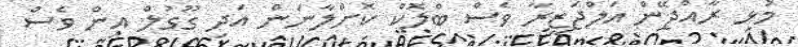
މުޅި ރާއްޖޭން އަލްޖަޒީރާ ވެސް ބްލޮކް ކޮށްލާނަން އަދި ގޫގުލް އިން ވެސް